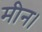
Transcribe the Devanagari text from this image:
मीन।